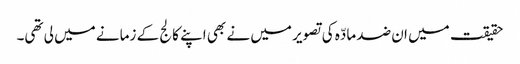
حقیقت میں ان ضد مادّہ کی تصویر میں نے بھی اپنے کالج کے زمانے میں لی تھی۔